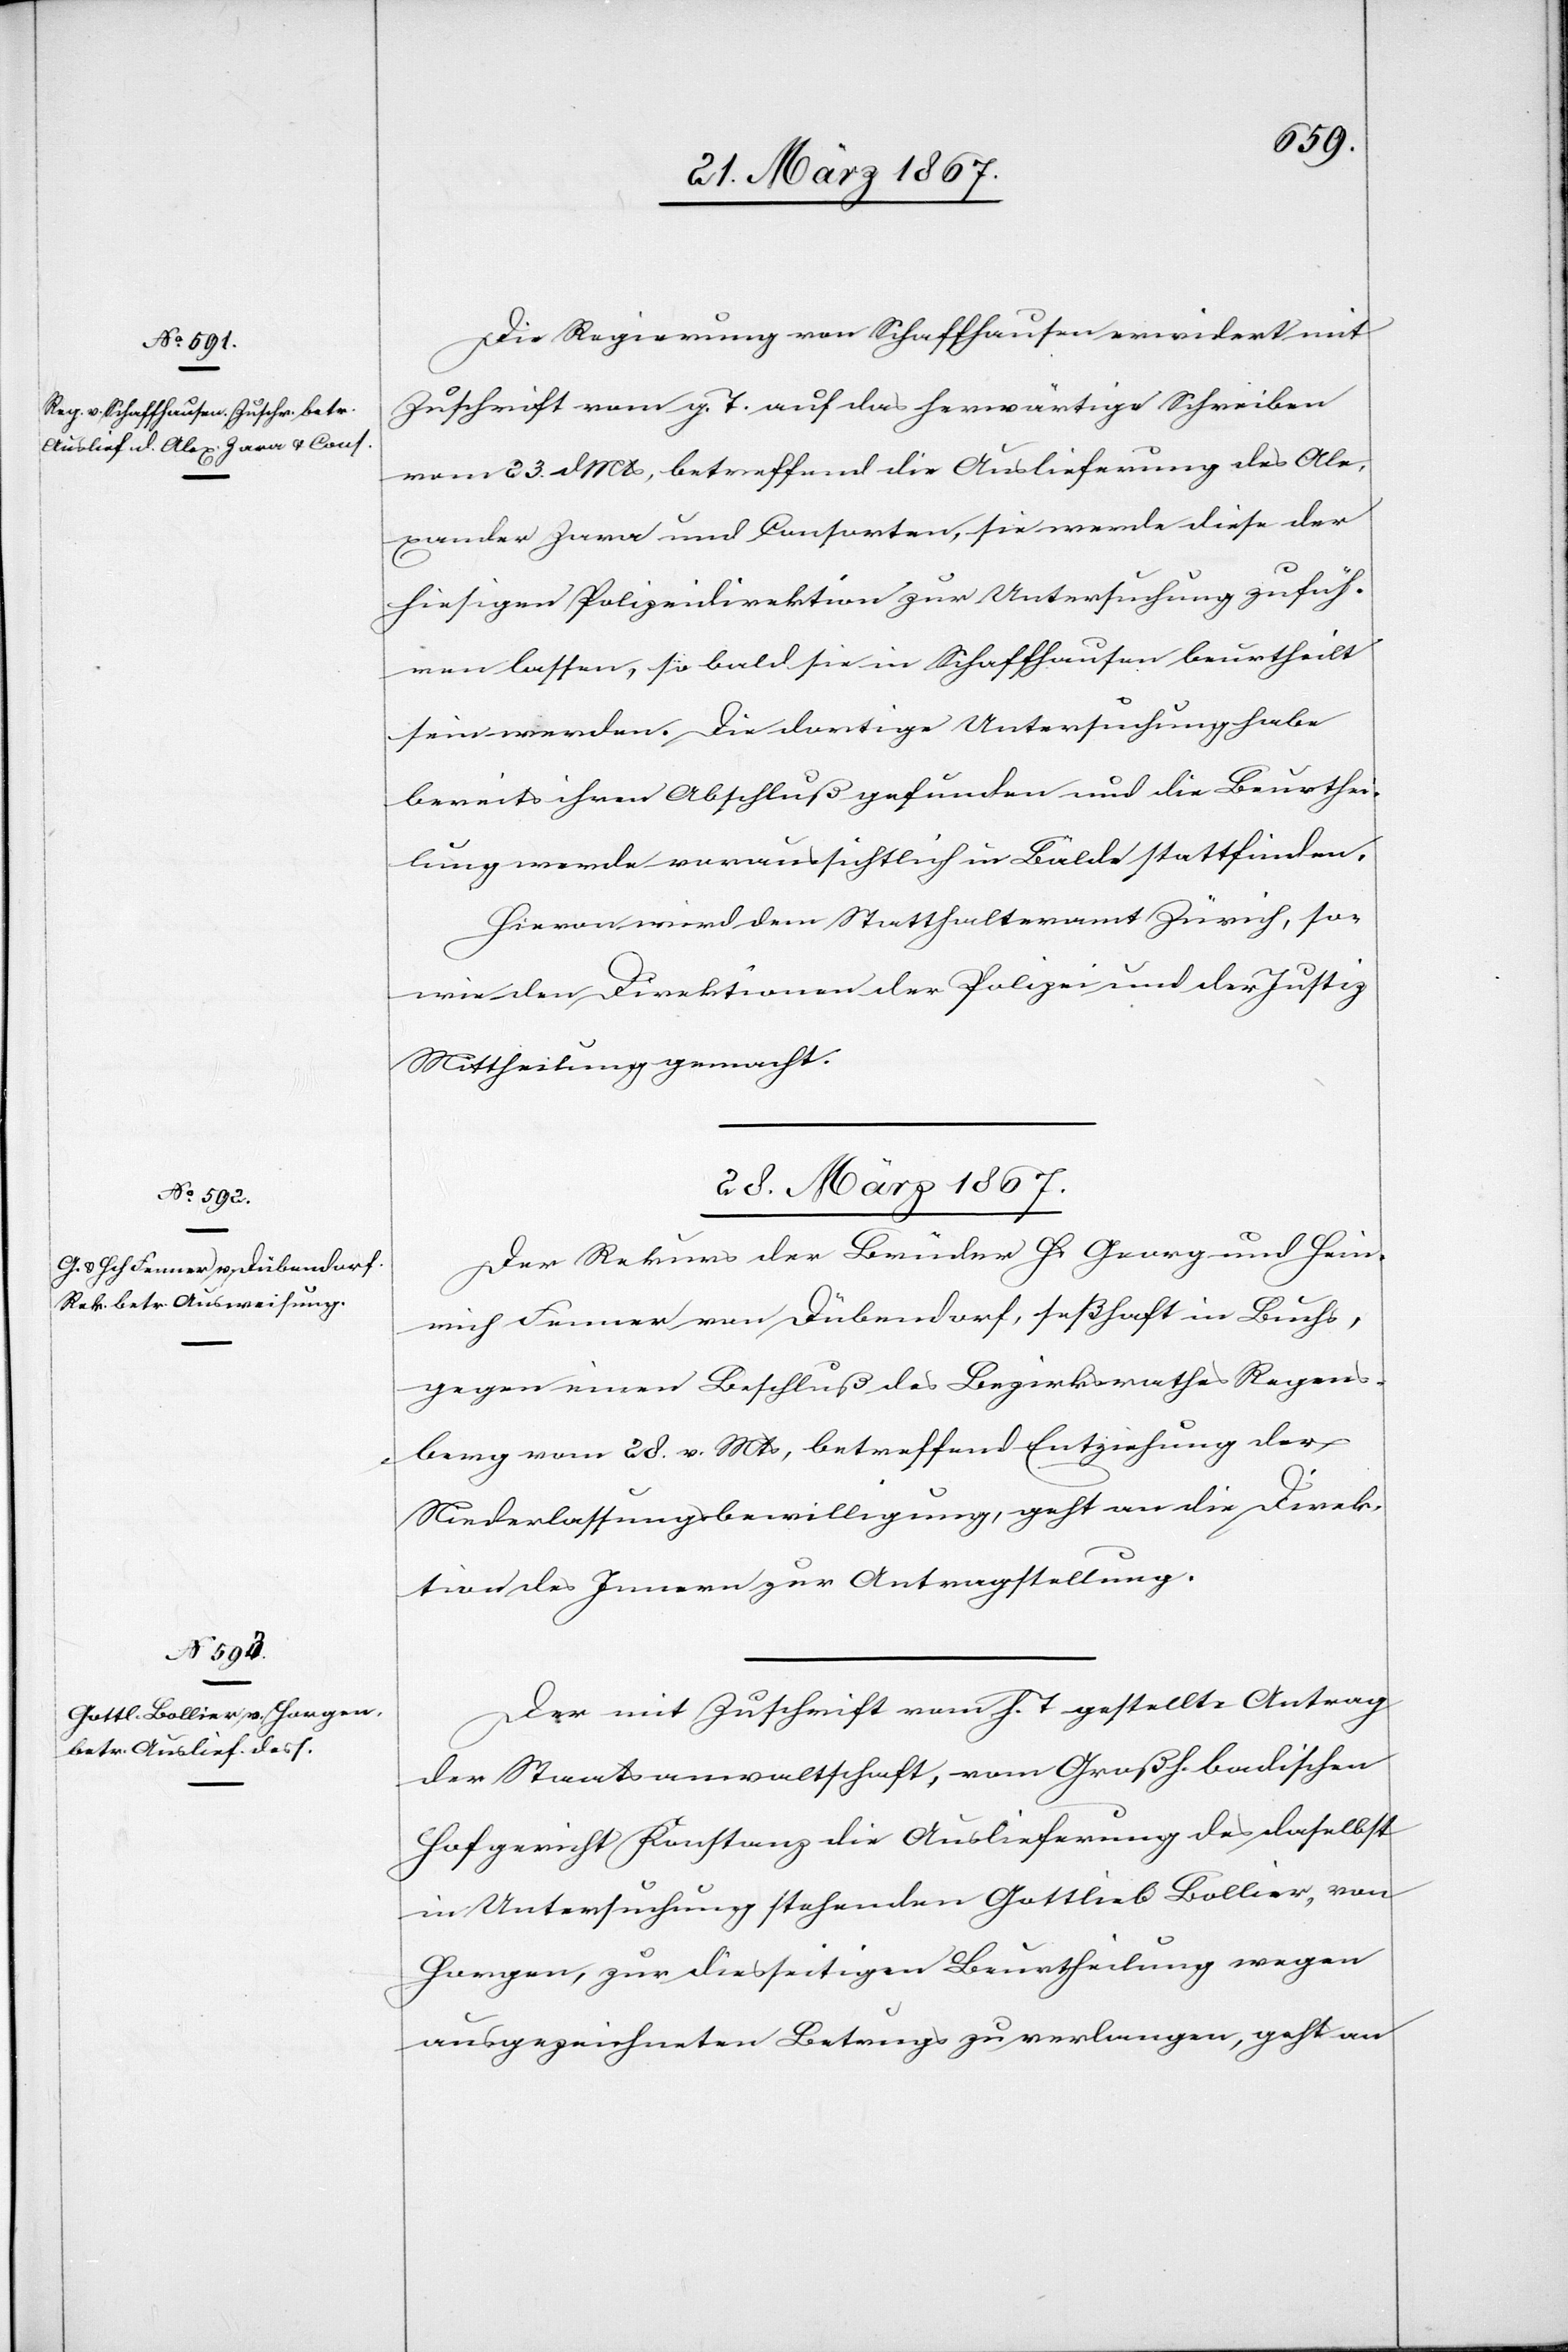
xander
27. März 1867.]
Die Regierung von Schaffhausen erwidert mit
Zuschrift vom g. T. auf das herwärtige Schreiben
vom 23. d. Mts, betreffend die Auslieferung des Ale¬
[recte: Zora] und Consorten, sie werde diese der
hiesigen Polizeidirektion zur Untersuchung zufüh¬
ren lassen, so bald sie in Schaffhausen beurtheilt
sein werden. Die dortige Untersuchung habe
bereits ihren Abschluß gefunden und die Beurthei¬
lung werde voraussichtlich in Bälde stattfinden.
Hievon wird dem Statthalteramt Zürich, so
wie den Direktionen der Polizei und der Justiz
Mittheilung gemacht.
28. März 1867.]
Der Rekurs der Brüder Hs Georg und Hein¬
rich Fenner von Dübendorf, seßhaft in Buchs,
gegen einen Beschluß des Bezirksrathes Regens¬
berg vom 28. v. Mts, betreffend Entziehung der
Niederlassungsbewilligung, geht an die Direk¬
tion des Innern zur Antragstellung.
Der mit Zuschrift vom h. T. gestellte Antrag
der Staatsanwaltschaft, vom Großh. badischen
Hofgerichte Konstanz die Auslieferung des daselbst
in Untersuchung stehenden Gottlieb Bollier, von
Horgen, zur diesseitigen Beurtheilung wegen
ausgezeichneten Betrugs zu verlangen, geht an